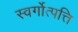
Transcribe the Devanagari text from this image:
स्वर्गोत्पत्ति